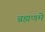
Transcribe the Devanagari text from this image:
ब्रह्मणमे